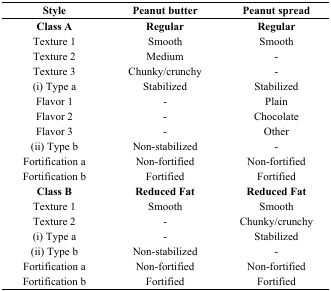
<table><thead><tr><td><b>Style</b></td><td><b>Peanut butter</b></td><td><b>Peanut spread</b></td></tr></thead><tbody><tr><td><b>Class A</b></td><td><b>Regular</b></td><td><b>Regular</b></td></tr><tr><td>Texture 1</td><td>Smooth</td><td>Smooth</td></tr><tr><td>Texture 2</td><td>Medium</td><td>-</td></tr><tr><td>Texture 3</td><td>Chunky/crunchy</td><td>-</td></tr><tr><td>(i) Type a</td><td>Stabilized</td><td>Stabilized</td></tr><tr><td>Flavor 1</td><td>-</td><td>Plain</td></tr><tr><td>Flavor 2</td><td>-</td><td>Chocolate</td></tr><tr><td>Flavor 3</td><td>-</td><td>Other</td></tr><tr><td>(ii) Type b</td><td>Non-stabilized</td><td>-</td></tr><tr><td>Fortification a</td><td>Non-fortified</td><td>Non-fortified</td></tr><tr><td>Fortification b</td><td>Fortified</td><td>Fortified</td></tr><tr><td><b>Class B</b></td><td><b>Reduced Fat</b></td><td><b>Reduced Fat</b></td></tr><tr><td>Texture 1</td><td>Smooth</td><td>Smooth</td></tr><tr><td>Texture 2</td><td>-</td><td>Chunky/crunchy</td></tr><tr><td>(i) Type a</td><td>-</td><td>Stabilized</td></tr><tr><td>(ii) Type b</td><td>Non-stabilized</td><td>-</td></tr><tr><td>Fortification a</td><td>Non-fortified</td><td>Non-fortified</td></tr><tr><td>Fortification b</td><td>Fortified</td><td>Fortified</td></tr></tbody></table>